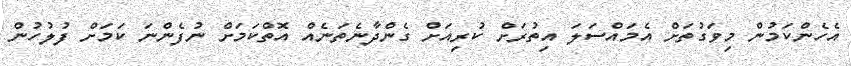
އެހެންކަމުން މިވަގުތަށް އެމައްސަލަ އިތުރަށް ކުރިއަށް ގެންދާނެތަނެއް އޮތްކަމަށް ނުފެންނަ ކަމަށް ފުލުހުން